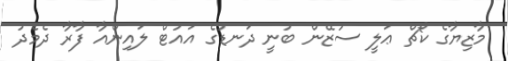
މާޒިޔާގެ ކޯޗް ޢަލީ ސުޒޭން ބުނީ ދަނޑުގެ އައުޓް ލައިންއާ ފާރާ ދެމެދު